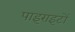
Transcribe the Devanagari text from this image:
पाइराइटों